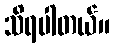
သိရပါတယ်။